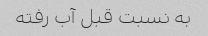
به نسبت قبل آب رفته